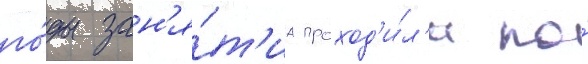
го́ды зан'я́т'иа проход'и́л'и по́